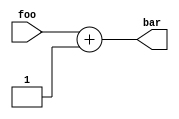
module AdderExtModule(
  input [15:0] foo,
  output [15:0] bar
);
  assign bar = foo + 1;
endmodule